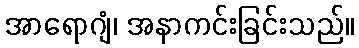
အာရောဂျံ၊ အနာကင်းခြင်းသည်။